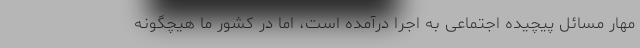
مهار مسائل پیچیده اجتماعی به اجرا درآمده است، اما در کشور ما هیچگونه